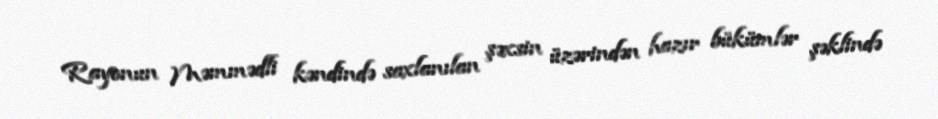
Rayonun Məmmədli kəndində saxlanılan şəxsin üzərindən hazır bükümlər şəklində